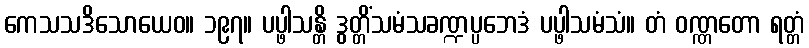
ကေသသဒိသောယေဝ။ ၁၉၇။ ပပ္ဖါသန္တိ ဒွတ္တိံသမံသခဏ္ဍပ္ပဘေဒံ ပပ္ဖါသမံသံ။ တံ ဝဏ္ဏတော ရတ္တံ